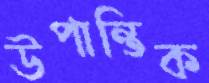
উপান্তিক